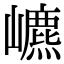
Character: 𡾌